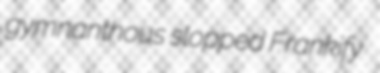
gymnanthous slopped Frankify